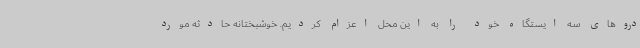
دروهای سه ایستگاه خود را به این محل اعزام کردیم. خوشبختانه حادثه مورد